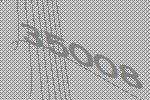
35008